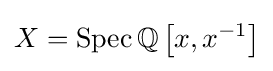
X=\operatorname {Spec} \mathbb {Q} \left[x,x^{-1}\right]